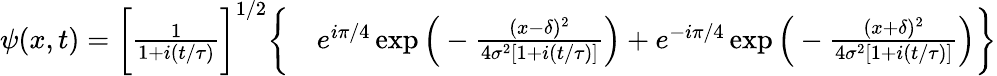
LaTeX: \begin{array}{rl}{\psi(x,t)=\bigg[\frac{1}{1+i(t/\tau)}\bigg]^{1/2}\bigg\{ }&{{}e^{i\pi/4}\exp\Big(-\frac{(x-\delta)^{2}}{4\sigma^{2}[1+i(t/\tau)]}\Big)+e^{-i\pi/4}\exp\Big(-\frac{(x+\delta)^{2}}{4\sigma^{2}[1+i(t/\tau)]}\Big)\bigg\} }\end{array}